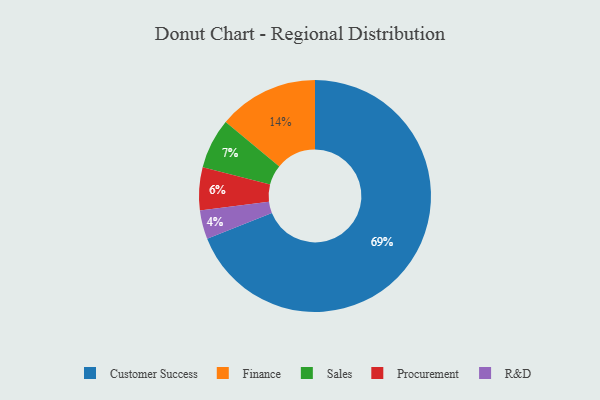
{"axis": {"x": "Category", "y": "Percentage"}, "legend": ["Customer Success", "Finance", "Procurement", "R&D", "Sales"], "data": [{"x": "Procurement", "y": 6, "type": "Procurement"}, {"x": "Customer Success", "y": 69, "type": "Customer Success"}, {"x": "Finance", "y": 14, "type": "Finance"}, {"x": "R&D", "y": 4, "type": "R&D"}, {"x": "Sales", "y": 7, "type": "Sales"}]}